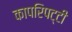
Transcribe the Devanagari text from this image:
कापरिपट्टी